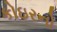
કોઇરનો